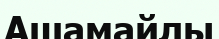
Ашамайлы